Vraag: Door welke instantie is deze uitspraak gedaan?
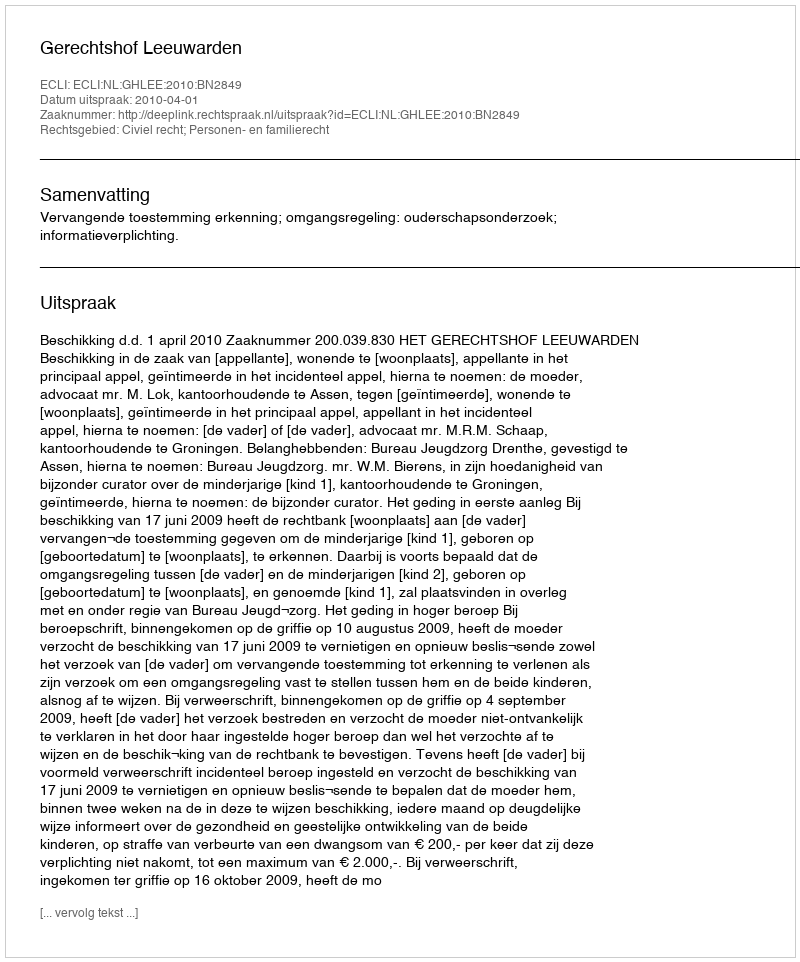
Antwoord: Gerechtshof Leeuwarden